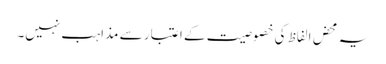
یہ محض الفاظ کی خصوصیت کے اعتبار سے مذاہب نہیں۔